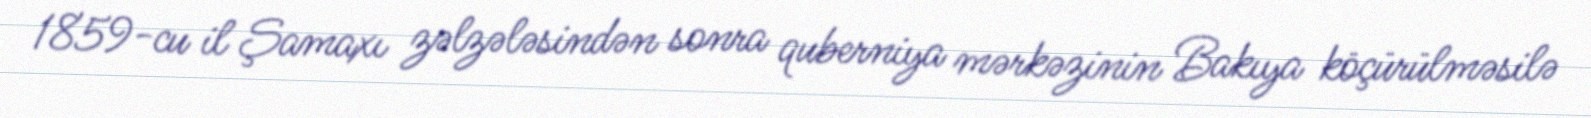
1859-cu il Şamaxı zəlzələsindən sonra quberniya mərkəzinin Bakıya köçürülməsilə